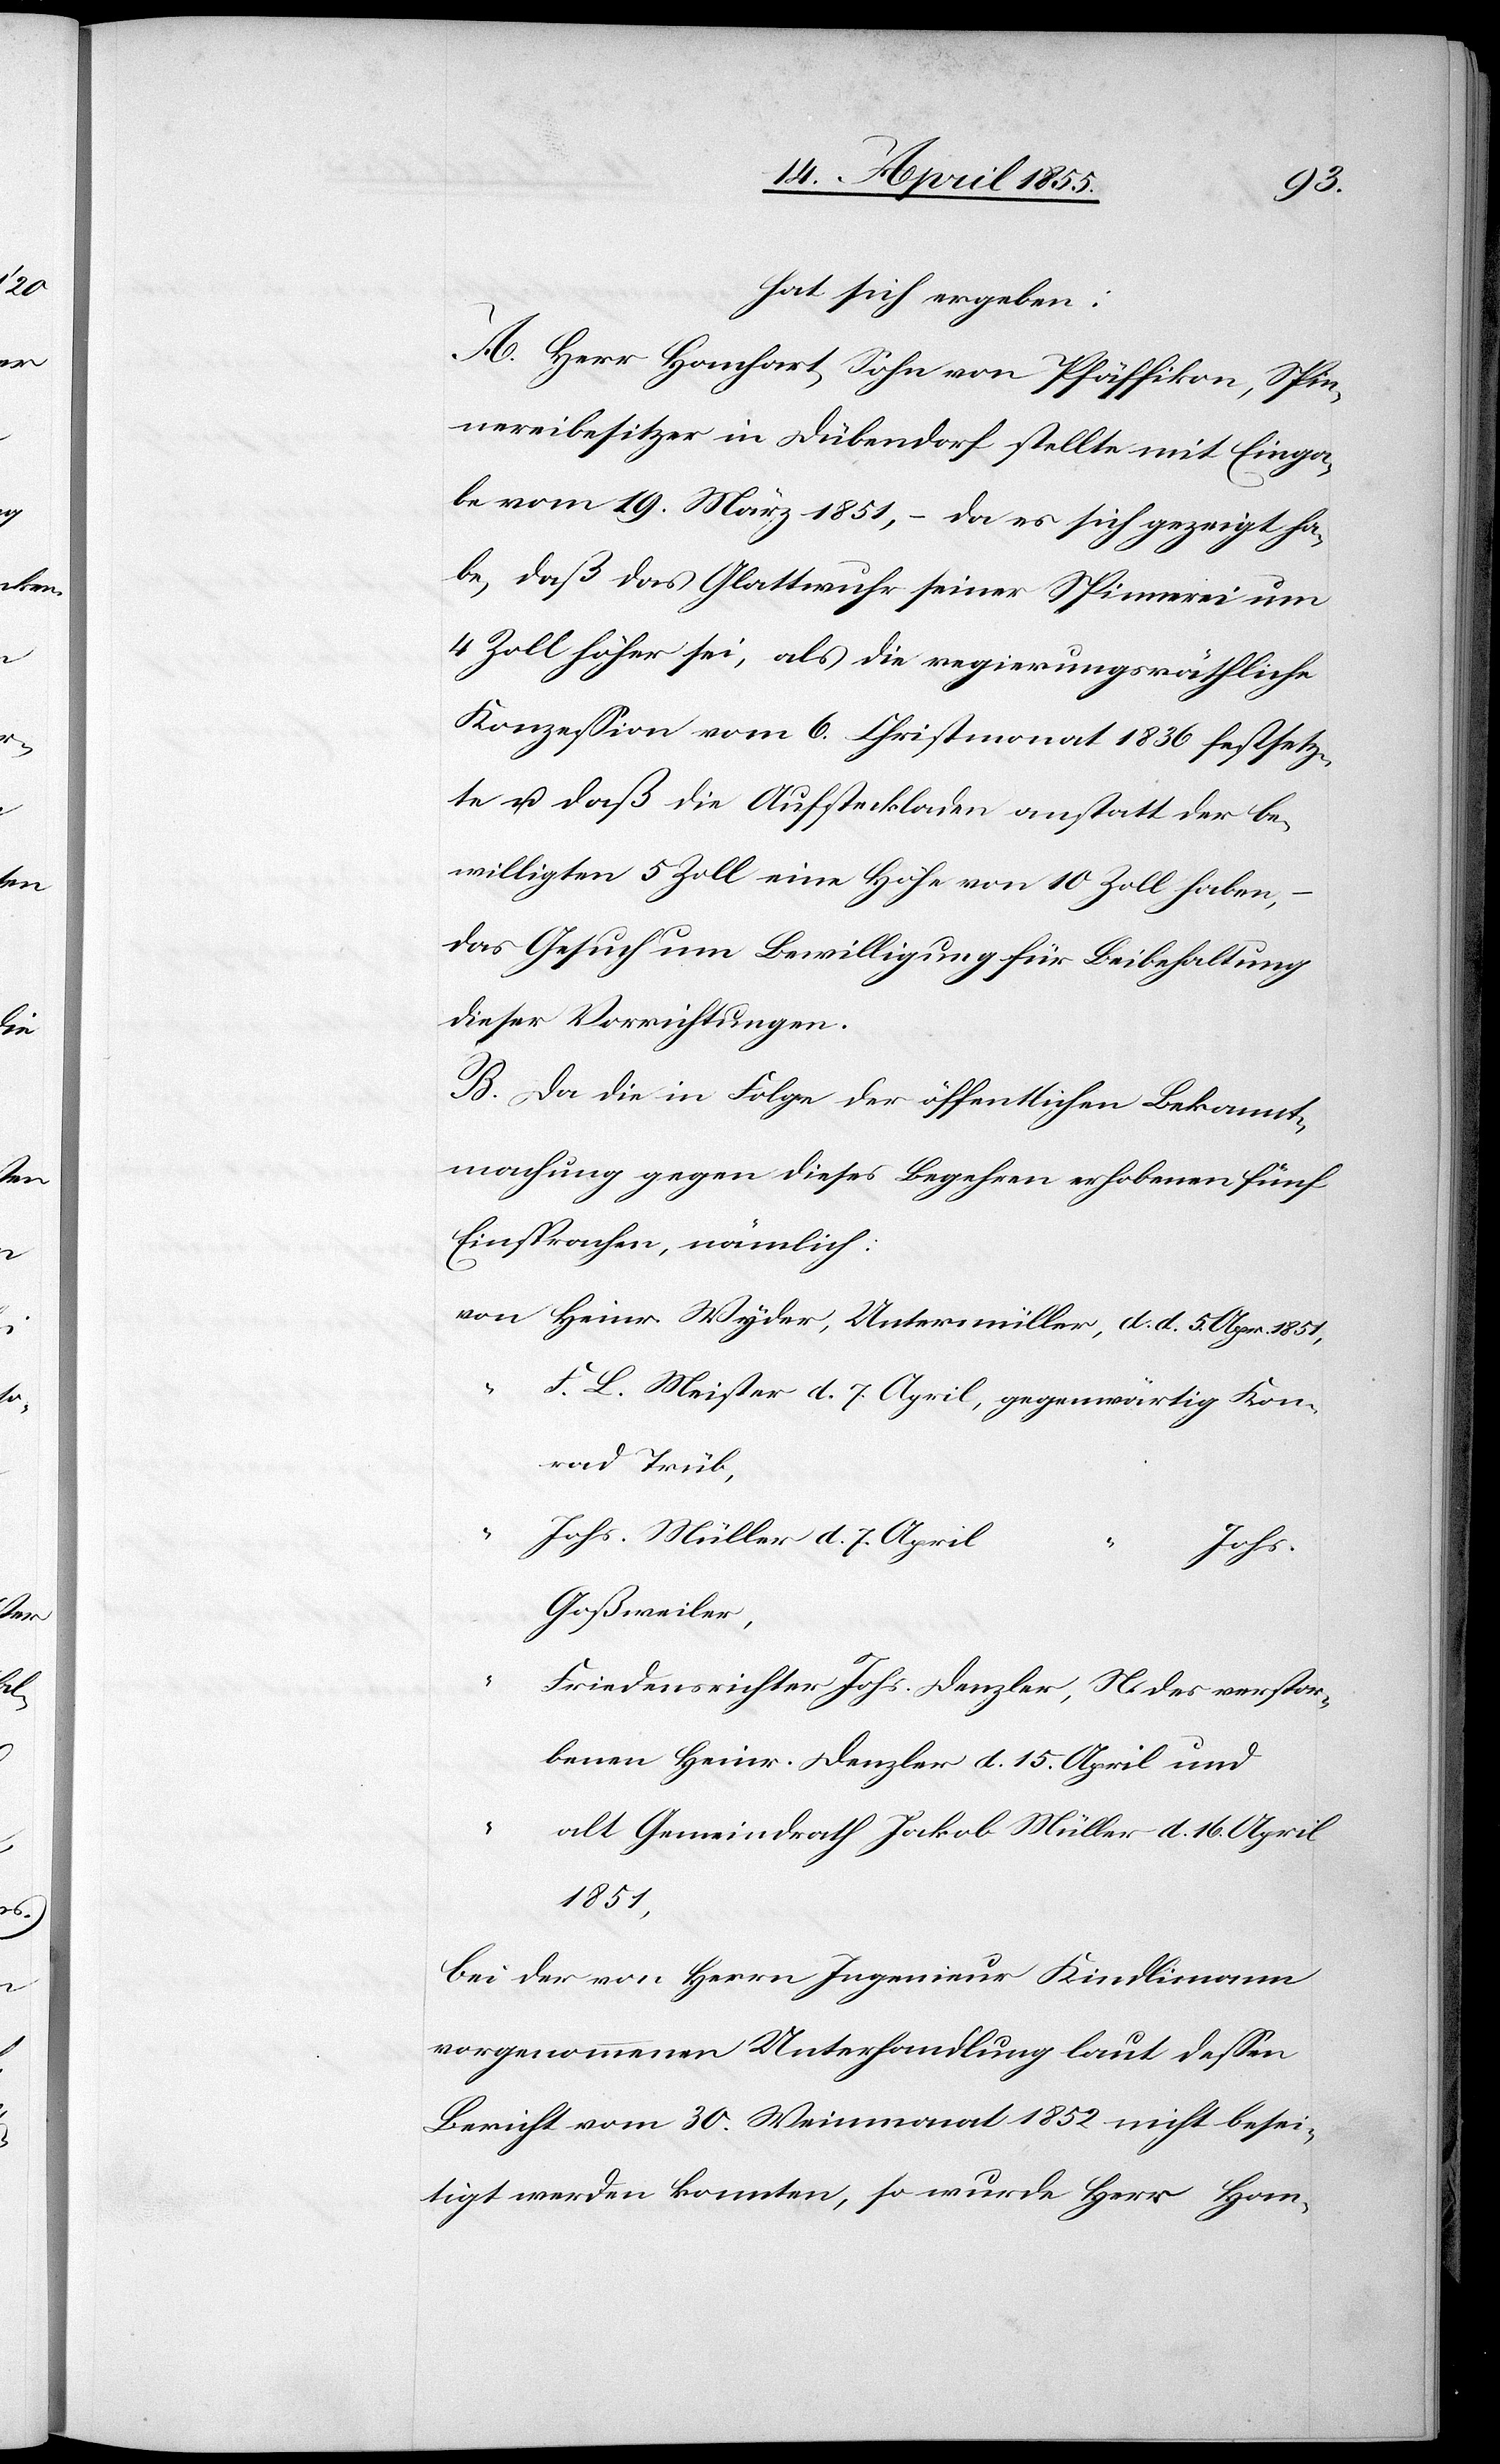
hat sich ergeben:
A. Herr Hanhart, Sohn von Pfäffikon, Spin¬
nereibesitzer in Dübendorf stellte mit Einga¬
be vom 19. März 1851, – da es sich gezeigt ha¬
be, daß das Glattwuhr seiner Spinnerei um
4 Zoll höher sei, als die regierungsräthliche
Konzession vom 6. Christmonat 1836 festsetz¬
te u. daß die Aufsteckladen anstatt der be¬
willigten 5 Zoll eine Höhe von 10 Zoll haben,
das Gesuch um Bewilligung für Beibehaltung
dieser Vorrichtungen.
B. Da die in Folge der öffentlichen Bekannt¬
machung gegen dieses Begehren erhobenen fünf
Einsprachen, nämlich:
von Heinr. Wyder, Untermüller, d. d. 5. Apr. 1851,
F. L. Meister d. 7. April, gegenwärtig Kon¬
rad Trüb,
Johs. Müller d. 7. April
Johs.
Goßweiler,
Friedensrichter Johs. Denzler, N. des verstor¬
benen Heinr. Denzler d. 15. April und
“
alt Gemeindrath Jakob Müller d. 16. April
1851,
bei der von Herrn Ingenieur Kindlimann
vorgenommenen Unterhandlung laut dessen
Bericht vom 30. Weinmonat 1852 nicht besei¬
tigt werden konnten, so wurde Herr Han-